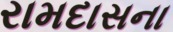
રામદાસના